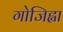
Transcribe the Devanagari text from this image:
गोजिह्वा